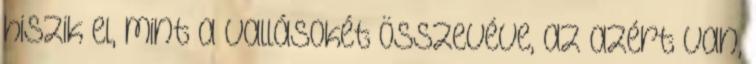
hiszik el, mint a vallásokét összevéve, az azért van,